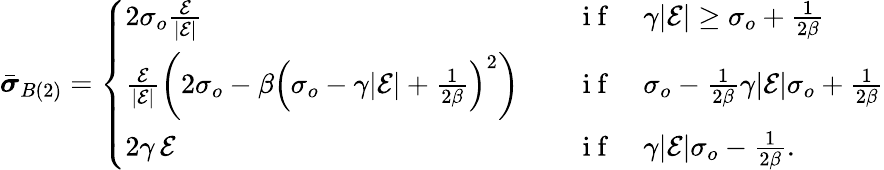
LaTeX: \begin{array}{r}{\bar{\boldsymbol{\sigma}}_{B(2)}=\left\{ \begin{array}{ll}{2\sigma_{o}\frac{\mathcal{E}}{|\mathcal{E}|}}&{\quad\mathrm{~i~f~}\quad\gamma|\mathcal{E}|\ge\sigma_{o}+\frac{1}{2\beta}}\\ {\frac{\mathcal{E}}{|\mathcal{E}|}\left(2\sigma_{o}-\beta\left(\sigma_{o}-\gamma|\mathcal{E}|+\frac{1}{2\beta}\right)^{2}\right)}&{\quad\mathrm{~i~f~}\quad\sigma_{o}-\frac{1}{2\beta}\le\gamma|\mathcal{E}|\le\sigma_{o}+\frac{1}{2\beta}}\\ {2\gamma\, \mathcal{E}}&{\quad\mathrm{~i~f~}\quad\gamma|\mathcal{E}|\le\sigma_{o}-\frac{1}{2\beta}.}\end{array}\right.}\end{array}